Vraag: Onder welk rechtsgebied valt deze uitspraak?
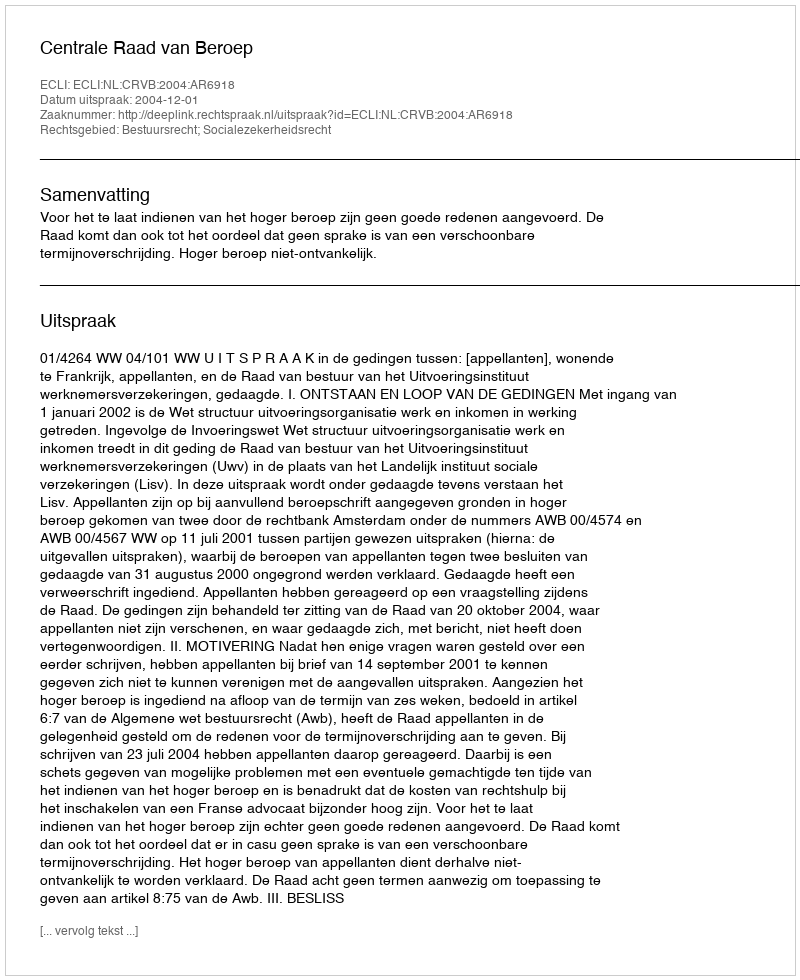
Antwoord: Bestuursrecht; Socialezekerheidsrecht